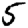
Digit: 5